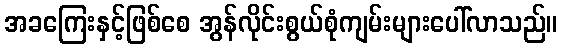
အခကြေးနှင့်ဖြစ်စေ အွန်လိုင်းစွယ်စုံကျမ်းများပေါ်လာသည်။